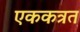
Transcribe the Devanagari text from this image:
एककत्रत